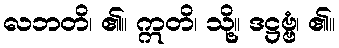
လဘတိ၊ ၏။ ဣတိ၊ သို့။ ဒဋ္ဌဗ္ဗံ၊ ၏။